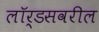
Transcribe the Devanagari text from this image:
लॉर्डसवरील